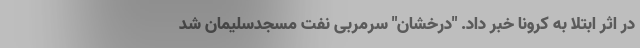
در اثر ابتلا به کرونا خبر داد. "درخشان" سرمربی نفت مسجدسلیمان شد